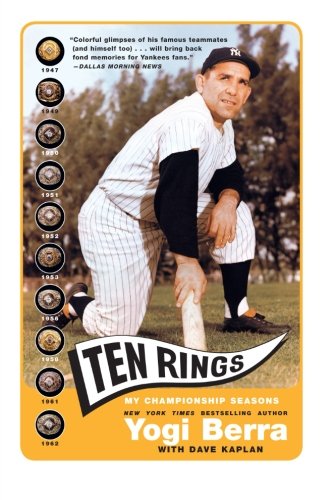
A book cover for Ten Rings: My Championship Seasons; Yogi Berra; Biographies & Memoirs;